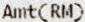
AMT(RM)